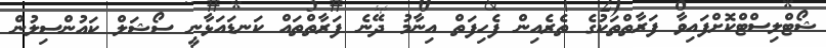
ޝޯޓްލިސްޓްކޮށްފައިވާ ފަރާތްތަކުގެ ތެރެއިން ފެހިފަތް އިނާމު ދޭނެ ފަރާތްތައް ކަނޑައަޅާނީ ސޯޝަލް ކައުންސިލުން